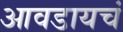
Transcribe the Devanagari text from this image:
आवडायचं